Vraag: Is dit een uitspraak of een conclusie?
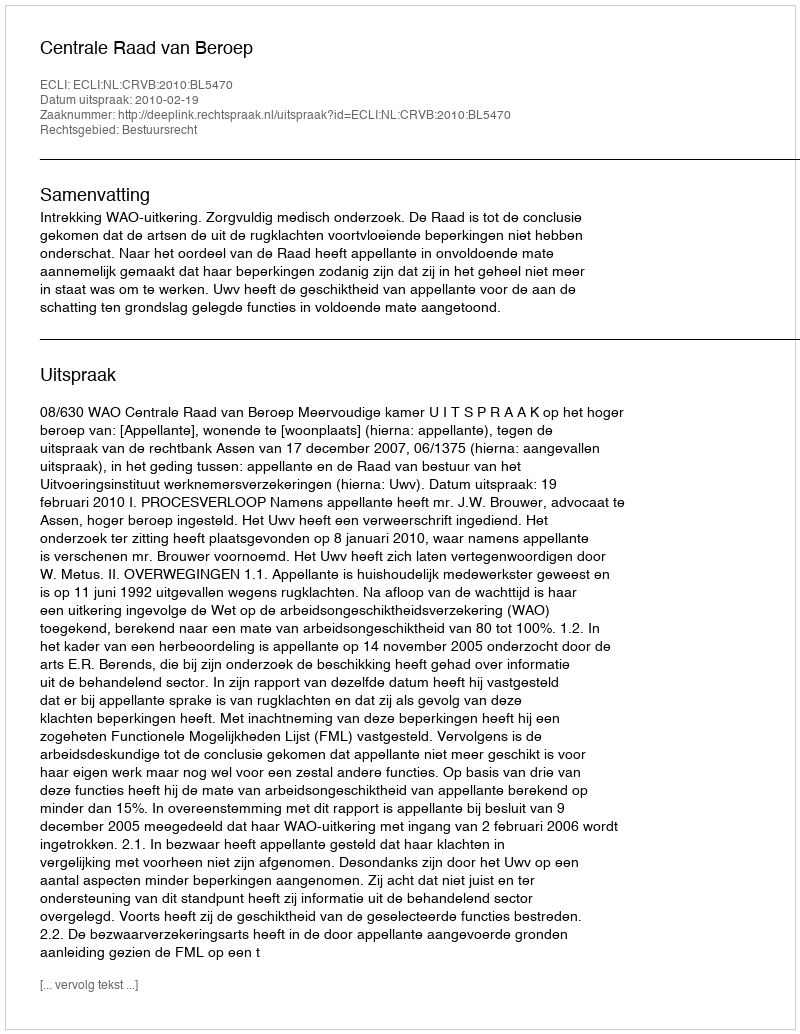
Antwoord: Uitspraak